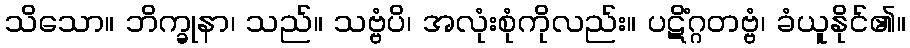
သိသော။ ဘိက္ခုနာ၊ သည်။ သဗ္ဗံပိ၊ အလုံးစုံကိုလည်း။ ပဋိံဂ္ဂတဗ္ဗံ၊ ခံယူနိုင်၏။